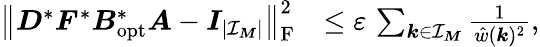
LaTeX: \begin{array}{rl}{\big\| \boldsymbol D^{*}\boldsymbol F^{*}\boldsymbol B_{\mathrm{opt}}^{*}\boldsymbol A-\boldsymbol I_{|\mathcal I_{\boldsymbol M}|}\big\| _{\mathrm F}^{2}}&{\leq\varepsilon\, \sum_{\boldsymbol k\in\mathcal I_{\boldsymbol M}}\frac 1{\hat{w}(\boldsymbol k)^{2}},}\end{array}